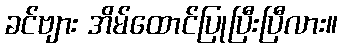
ခင်ဗျား အိမ်ထောင်ပြုပြီးပြီလား။